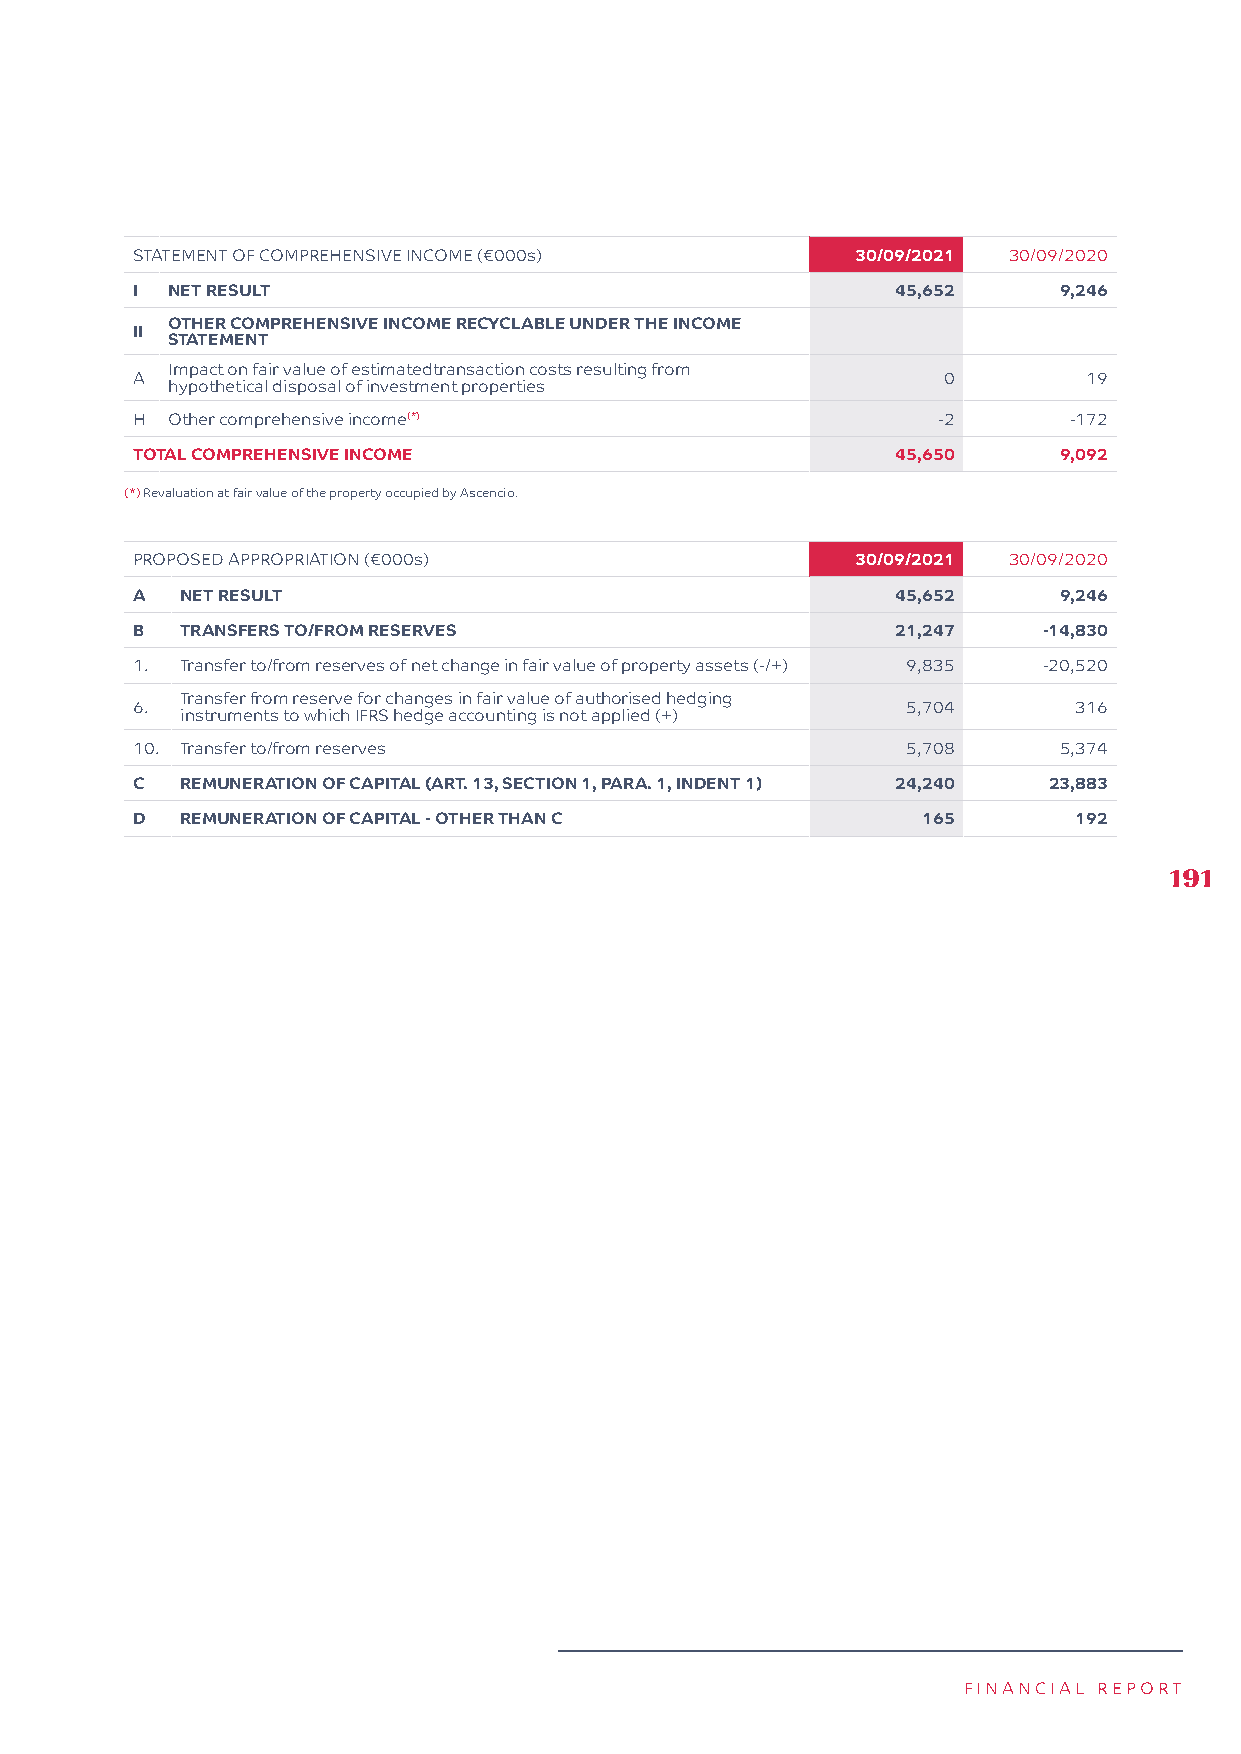
STATEMENT OF COMPREHENSIVE INCOME (€000s)       30/09/2021 30/09/2020
 I NET RESULT                                      45,652     9,246
 OTHER COMPREHENSIVE INCOME RECYCLABLE UNDER THE INCOME
 II
 STATEMENT
 Impact on fair value of estimatedtransaction costs resulting from
 A                                                    0         19
 hypothetical disposal of investment properties
 H Other comprehensive income(*)                      -2       -172
 TOTAL COMPREHENSIVE INCOME                        45,650     9,092
 (*) Revaluation at fair value of the property occupied by Ascencio.
 PROPOSED APPROPRIATION (€000s)                  30/09/2021 30/09/2020
 A  NET RESULT                                     45,652     9,246
 B  TRANSFERS TO/FROM RESERVES                     21,247    -14,830
 1. Transfer to/from reserves of net change in fair value of property assets (-/+) 9,835 -20,520
 Transfer from reserve for changes in fair value of authorised hedging
 6.                                                 5,704      316
 instruments to which IFRS hedge accounting is not applied (+)
 10. Transfer to/from reserves                      5,708     5,374
 C  REMUNERATION OF CAPITAL (ART. 13, SECTION 1, PARA. 1, INDENT 1) 24,240 23,883
 D  REMUNERATION OF CAPITAL - OTHER THAN C           165       192
 191
 FINANCIAL REPORT